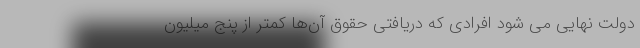
دولت نهایی می شود افرادی که دریافتی حقوق آن‌ها کمتر از پنج میلیون